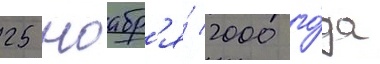
25 ноабр'я́ 2000 го́да